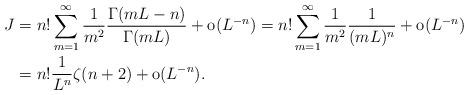
LaTeX: \begin{align*} J&=n!\sum_{m=1}^\infty \frac 1{m^2}\frac{\Gamma(mL-n)}{\Gamma(mL)}+ \textrm{o}(L^{-n}) =n!\sum_{m=1}^\infty \frac 1{m^2}\frac{1}{(mL)^n}+ \textrm{o}(L^{-n})\\ &=n! \frac 1{L^n}\zeta(n+2)+ \textrm{o}(L^{-n}).\end{align*}